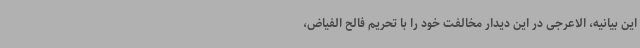
این بیانیه، الاعرجی در این دیدار مخالفت خود را با تحریم فالح الفیاض،